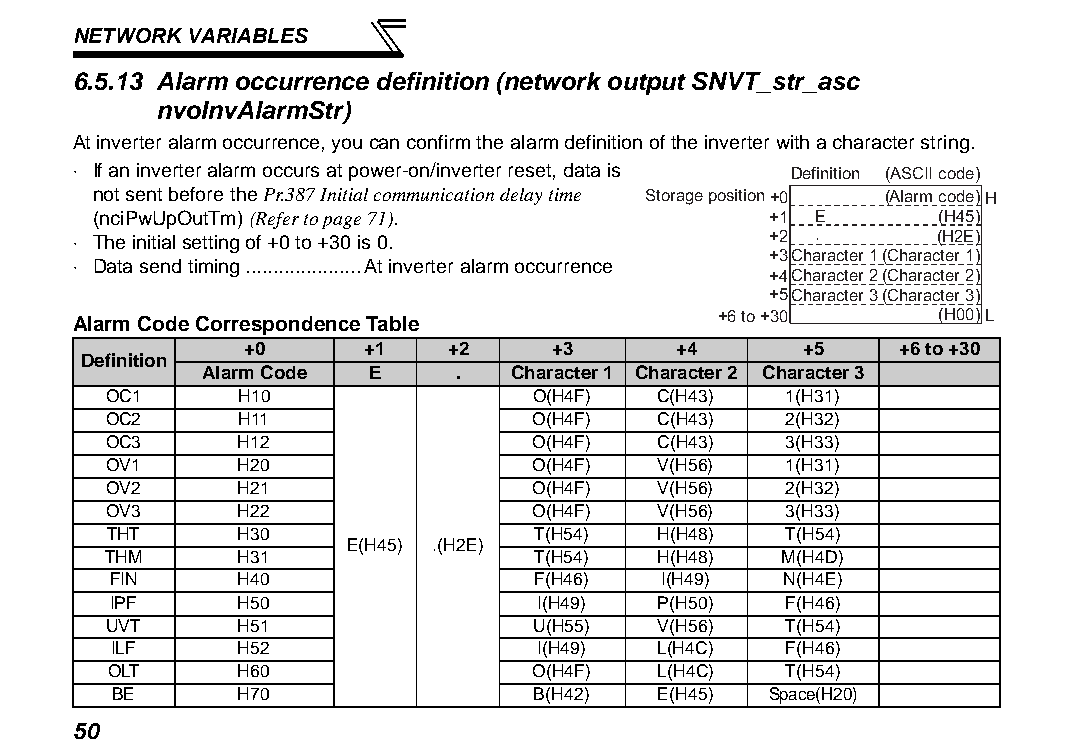
NETWORK VARIABLES
 6.5.13 Alarm occurrence definition (network output SNVT_str_asc
 nvoInvAlarmStr)
 At inverter alarm occurrence, you can confirm the alarm definition of the inverter with a character string.
 ⋅ If an inverter alarm occurs at power-on/inverter reset, data is Definition (ASCII code)
 not sent before the Pr.387 Initial communication delay time Storage position+0 (Alarm code)H
 (nciPwUpOutTm) (Refer to page 71).           +1 E       (H45)
 ⋅ The initial setting of +0 to +30 is 0.       +2 .       (H2E)
 +3Character 1(Character 1)
 ⋅ Data send timing.....................At inverter alarm occurrence
 +4Character 2(Character 2)
 +5Character 3(Character 3)
 +6 to +30      (H00)L
 Alarm Code Correspondence Table
 +0      +1   +2     +3      +4       +5    +6 to +30
 Definition
 Alarm Code E     .  Character 1 Character 2 Character 3
 OC1     H10                 O(H4F)  C(H43)   1(H31)
 OC2     H11                 O(H4F)  C(H43)   2(H32)
 OC3     H12                 O(H4F)  C(H43)   3(H33)
 OV1     H20                 O(H4F)  V(H56)   1(H31)
 OV2     H21                 O(H4F)  V(H56)   2(H32)
 OV3     H22                 O(H4F)  V(H56)   3(H33)
 THT     H30                 T(H54)  H(H48)   T(H54)
 E(H45) .(H2E)
 THM     H31                 T(H54)  H(H48)  M(H4D)
 FIN     H40                 F(H46)  I(H49)   N(H4E)
 IPF     H50                 I(H49)  P(H50)   F(H46)
 UVT     H51                 U(H55)  V(H56)   T(H54)
 ILF     H52                 I(H49)  L(H4C)   F(H46)
 OLT     H60                 O(H4F)  L(H4C)   T(H54)
 BE      H70                 B(H42)  E(H45)  Space(H20)
 50